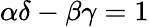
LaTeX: \alpha\delta-\beta\gamma=1